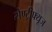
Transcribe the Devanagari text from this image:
सेण्ट्रीफ्यूज